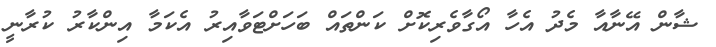
ޝާން އޭނާއާ މެދު އެހާ އޯގާވެރިކޮށް ކަންތައް ބަހަށްޓަވާއިރު އެކަމާ އިންކާރު ކުރާނީ